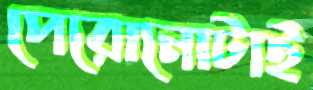
পেরোনোটাই